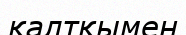
қалтқымен